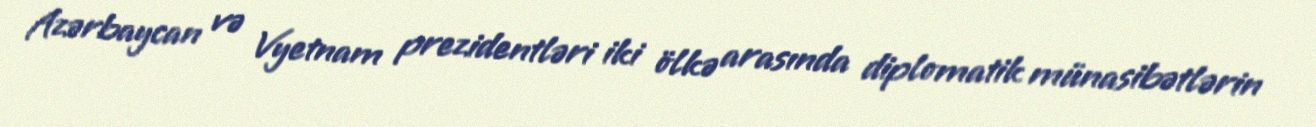
Azərbaycan və Vyetnam prezidentləri iki ölkə arasında diplomatik münasibətlərin